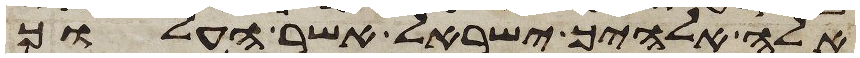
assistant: אלה אלהיך ישראל אשר העלוך